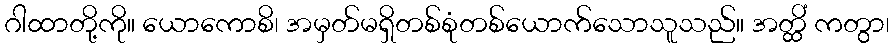
ဂါထာတို့ကို။ ယောကောစိ၊ အမှတ်မရှိတစ်စုံတစ်ယောက်သောသူသည်။ အတ္ထိံ ကတွာ၊